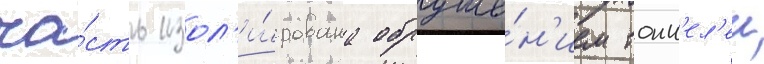
ча́сть изол'и́рована обруше́н'ием тонн'ел'еи